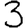
Digit: 3